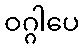
ဝဂ္ဂါပေ